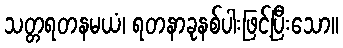
သတ္တရတနမယံ၊ ရတနာခုနစ်ပါးဖြင့်ပြီးသော။